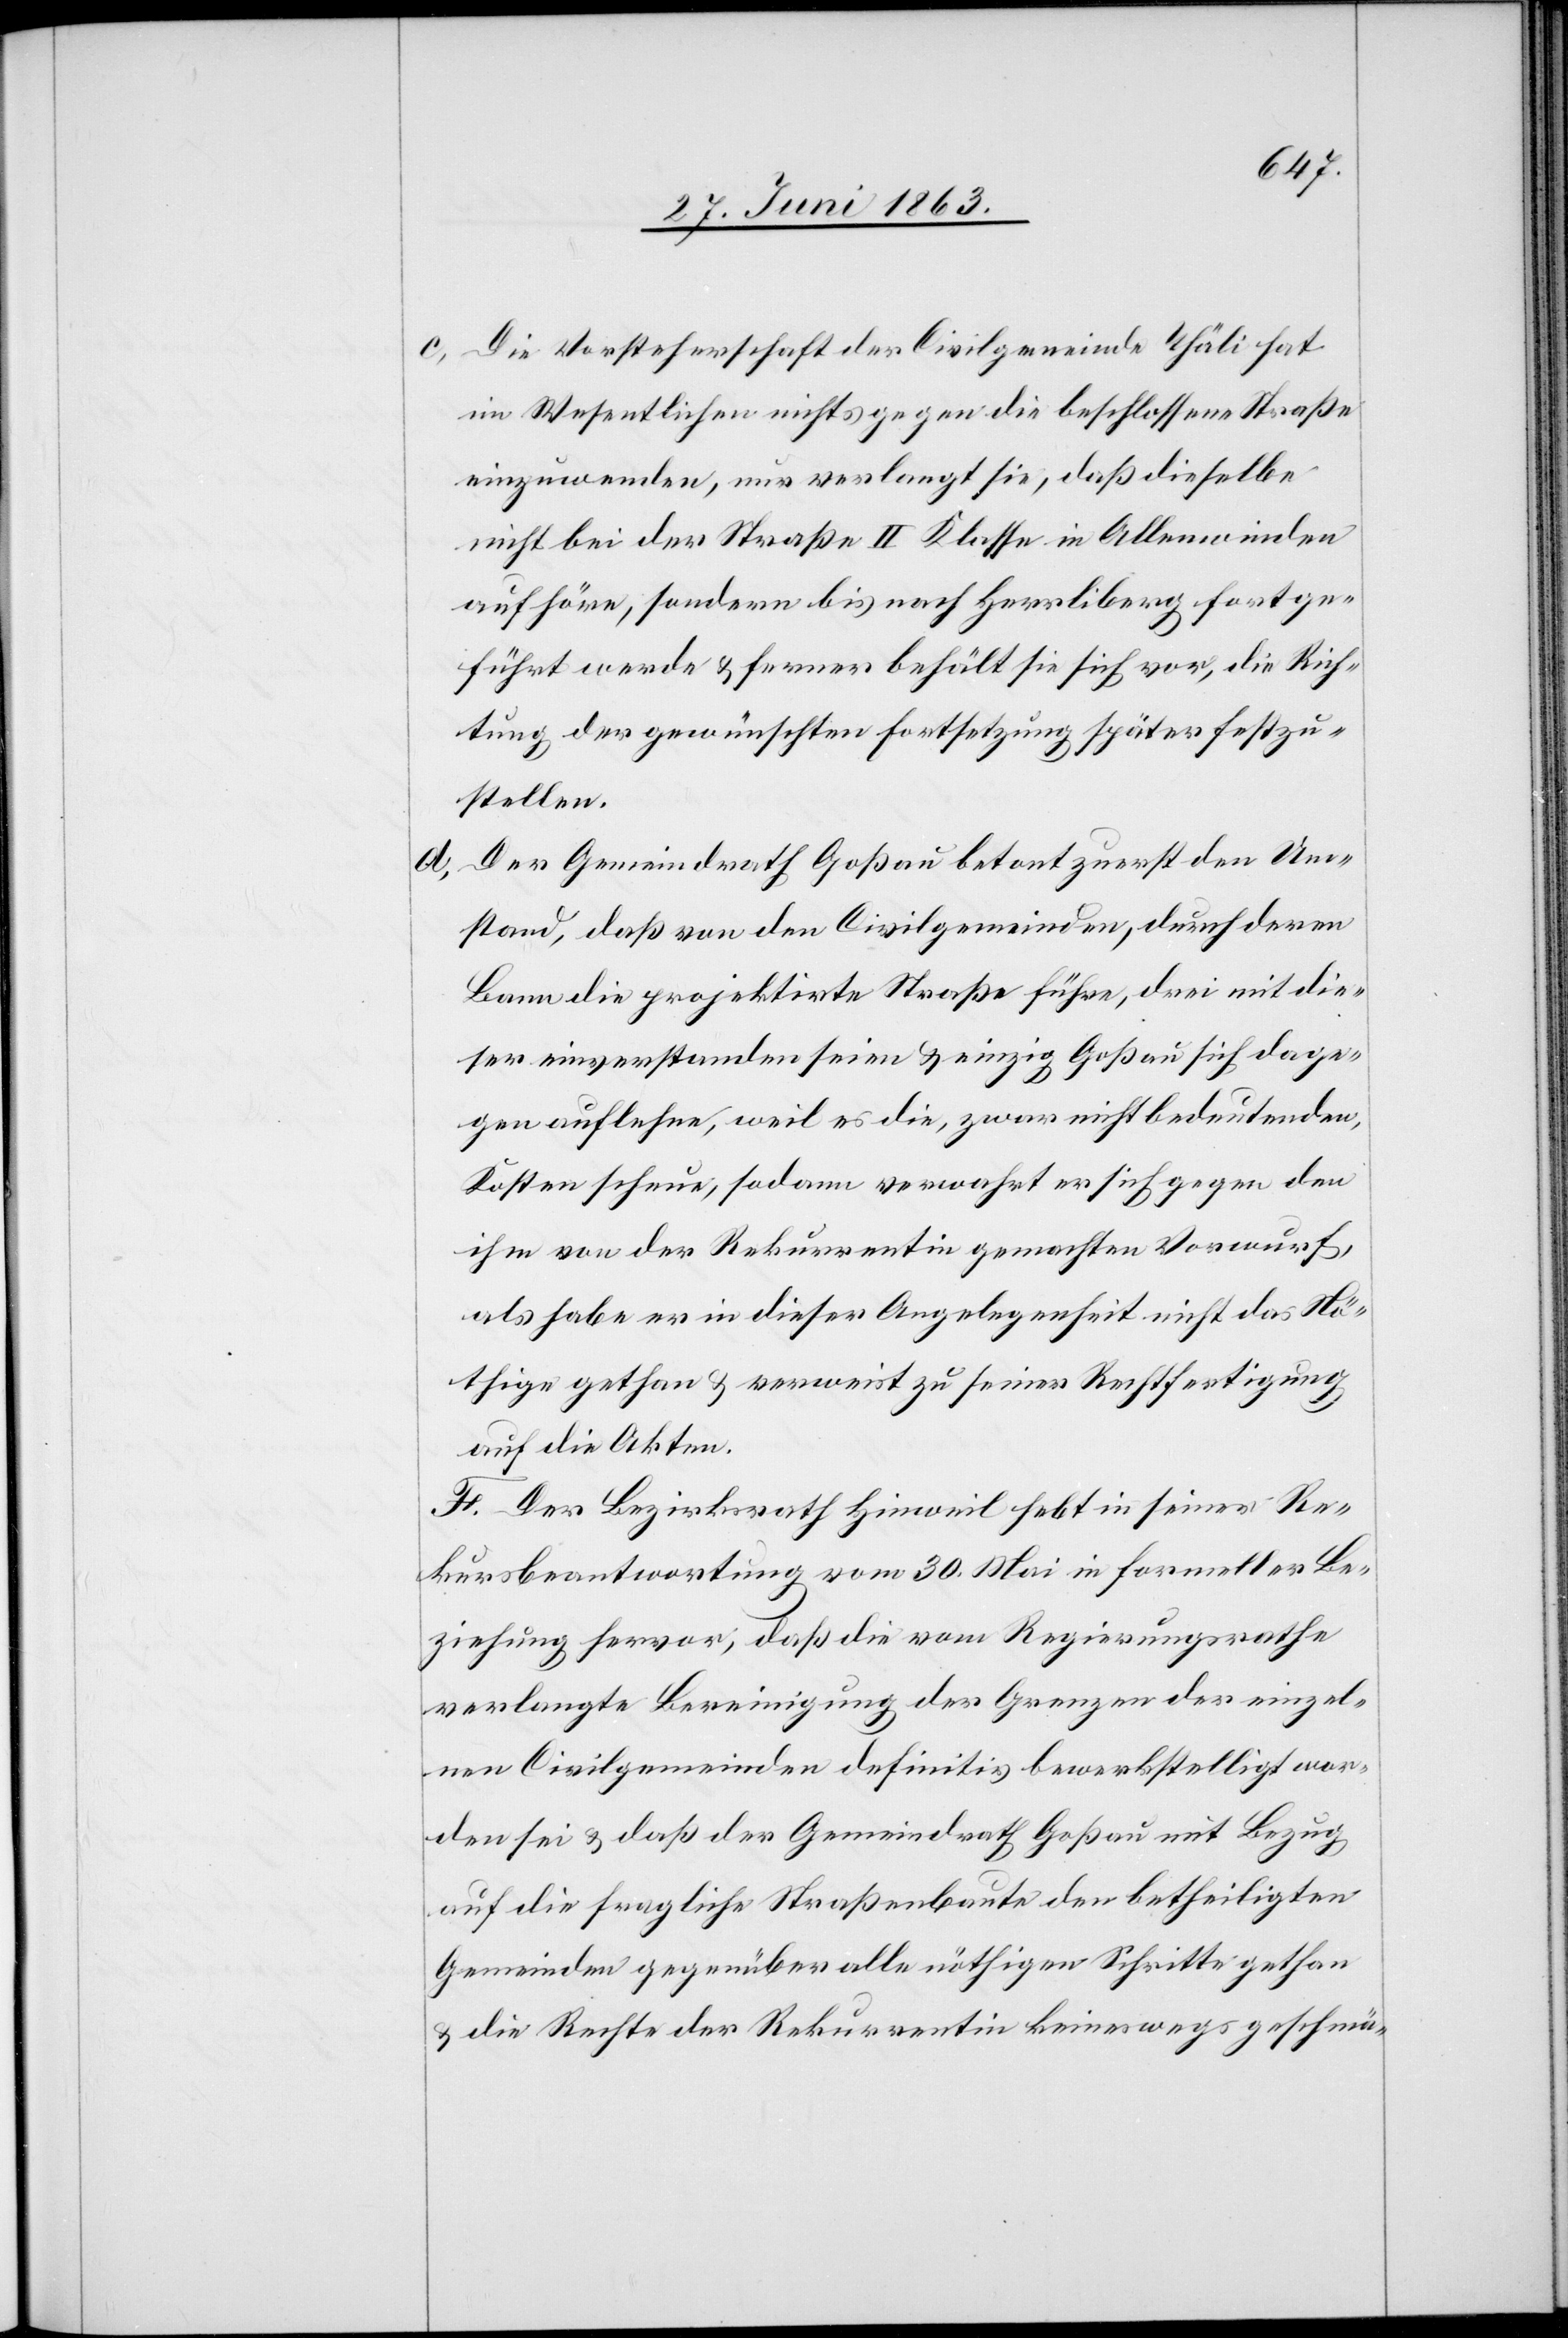
c) Die Vorsteherschaft der Civilgemeinde Thäli hat
im Wesentlichen nichts gegen die beschlossene Straße
einzuwenden, nur verlangt sie, daß dieselbe
nicht bei der Straße II Klasse in Allenwinden
aufhöre, sondern bis nach Herrliberg fortge¬
führt werde & ferner behält sie sich vor, die Rich¬
tung der gewünschten Fortsetzung später festzu¬
stellen.
Der Gemeindrath Goßau betont zuerst den Um¬
stand, daß von den Civilgemeinden, durch deren
Bann die projektirte Straße führe, drei mit die¬
ser einverstanden seien & einzig Goßau sich dage¬
gen auflehne, weil es die, zwar nicht bedeutenden,
Kosten scheue, sodann verwahrt er sich gegen den
ihm von der Rekurrentin gemachten Vorwurf,
als habe er in dieser Angelegenheit nicht das Nö¬
thige gethan & verweist zu seiner Rechtfertigung
auf die Akten.
F. Der Bezirksrath Hinweil hebt in seiner Re¬
kursbeantwortung vom 30. Mai in formeller Be¬
ziehung hervor, daß die vom Regierungsrathe
verlangte Bereinigung der Grenzen der einzel¬
nen Civilgemeinden definitiv bewerkstelligt wor¬
den sei & daß der Gemeindrath Goßau mit Bezug
auf die fragliche Straßenbaute den betheiligten
Gemeinden gegenüber alle nöthigen Schritte gethan
& die Rechte der Rekurrentin keineswegs geschmä-